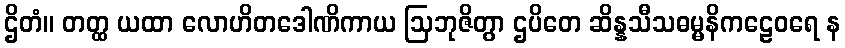
ဌိတံ။ တတ္ထ ယထာ လောဟိတဒေါဏိကာယ ဩဘုဇိတွာ ဌပိတေ ဆိန္နသီသဓမ္မနိကဠေဝရေ န